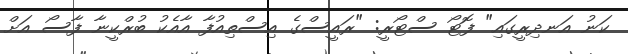
ކަނު އަނދިރީގައި" ފޮޓޯ ސްޓޯރީ: "ރައީސްގެ އިސްތިއުފާ އާއެކު ބުރްކީނާ ފާސޯ އަށް